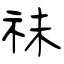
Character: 祙